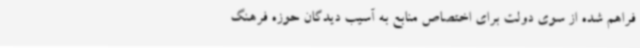
فراهم شده از سوی دولت برای اختصاص منابع به آسیب دیدگان حوزه فرهنگ